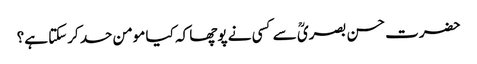
حضرت حسن بصریؒ سے کسی نے پوچھا کہ کیا مومن حسد کرسکتا ہے؟